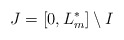
\begin{align*}J=[0,L_m^*] \setminus I\end{align*}